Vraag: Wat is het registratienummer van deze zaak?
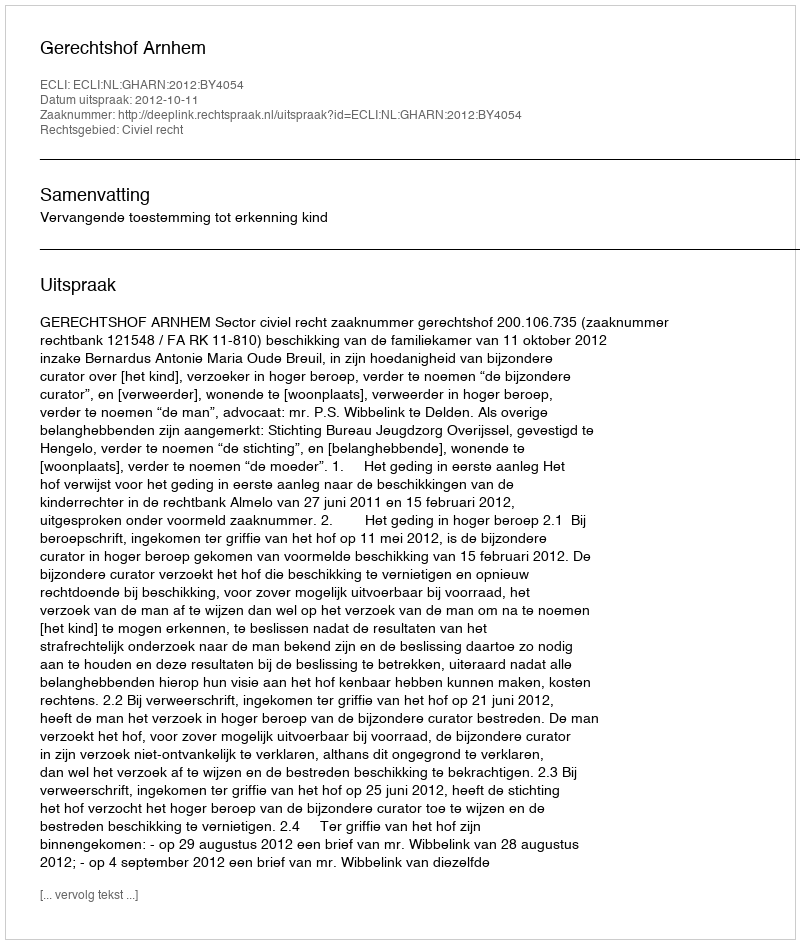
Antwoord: http://deeplink.rechtspraak.nl/uitspraak?id=ECLI:NL:GHARN:2012:BY4054